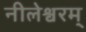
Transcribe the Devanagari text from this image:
नीलेश्वरम्